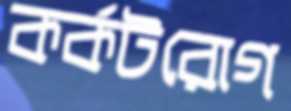
কর্কটরোগ